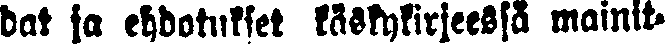
dat ja ehdotukset käskykirjeessä mainit-